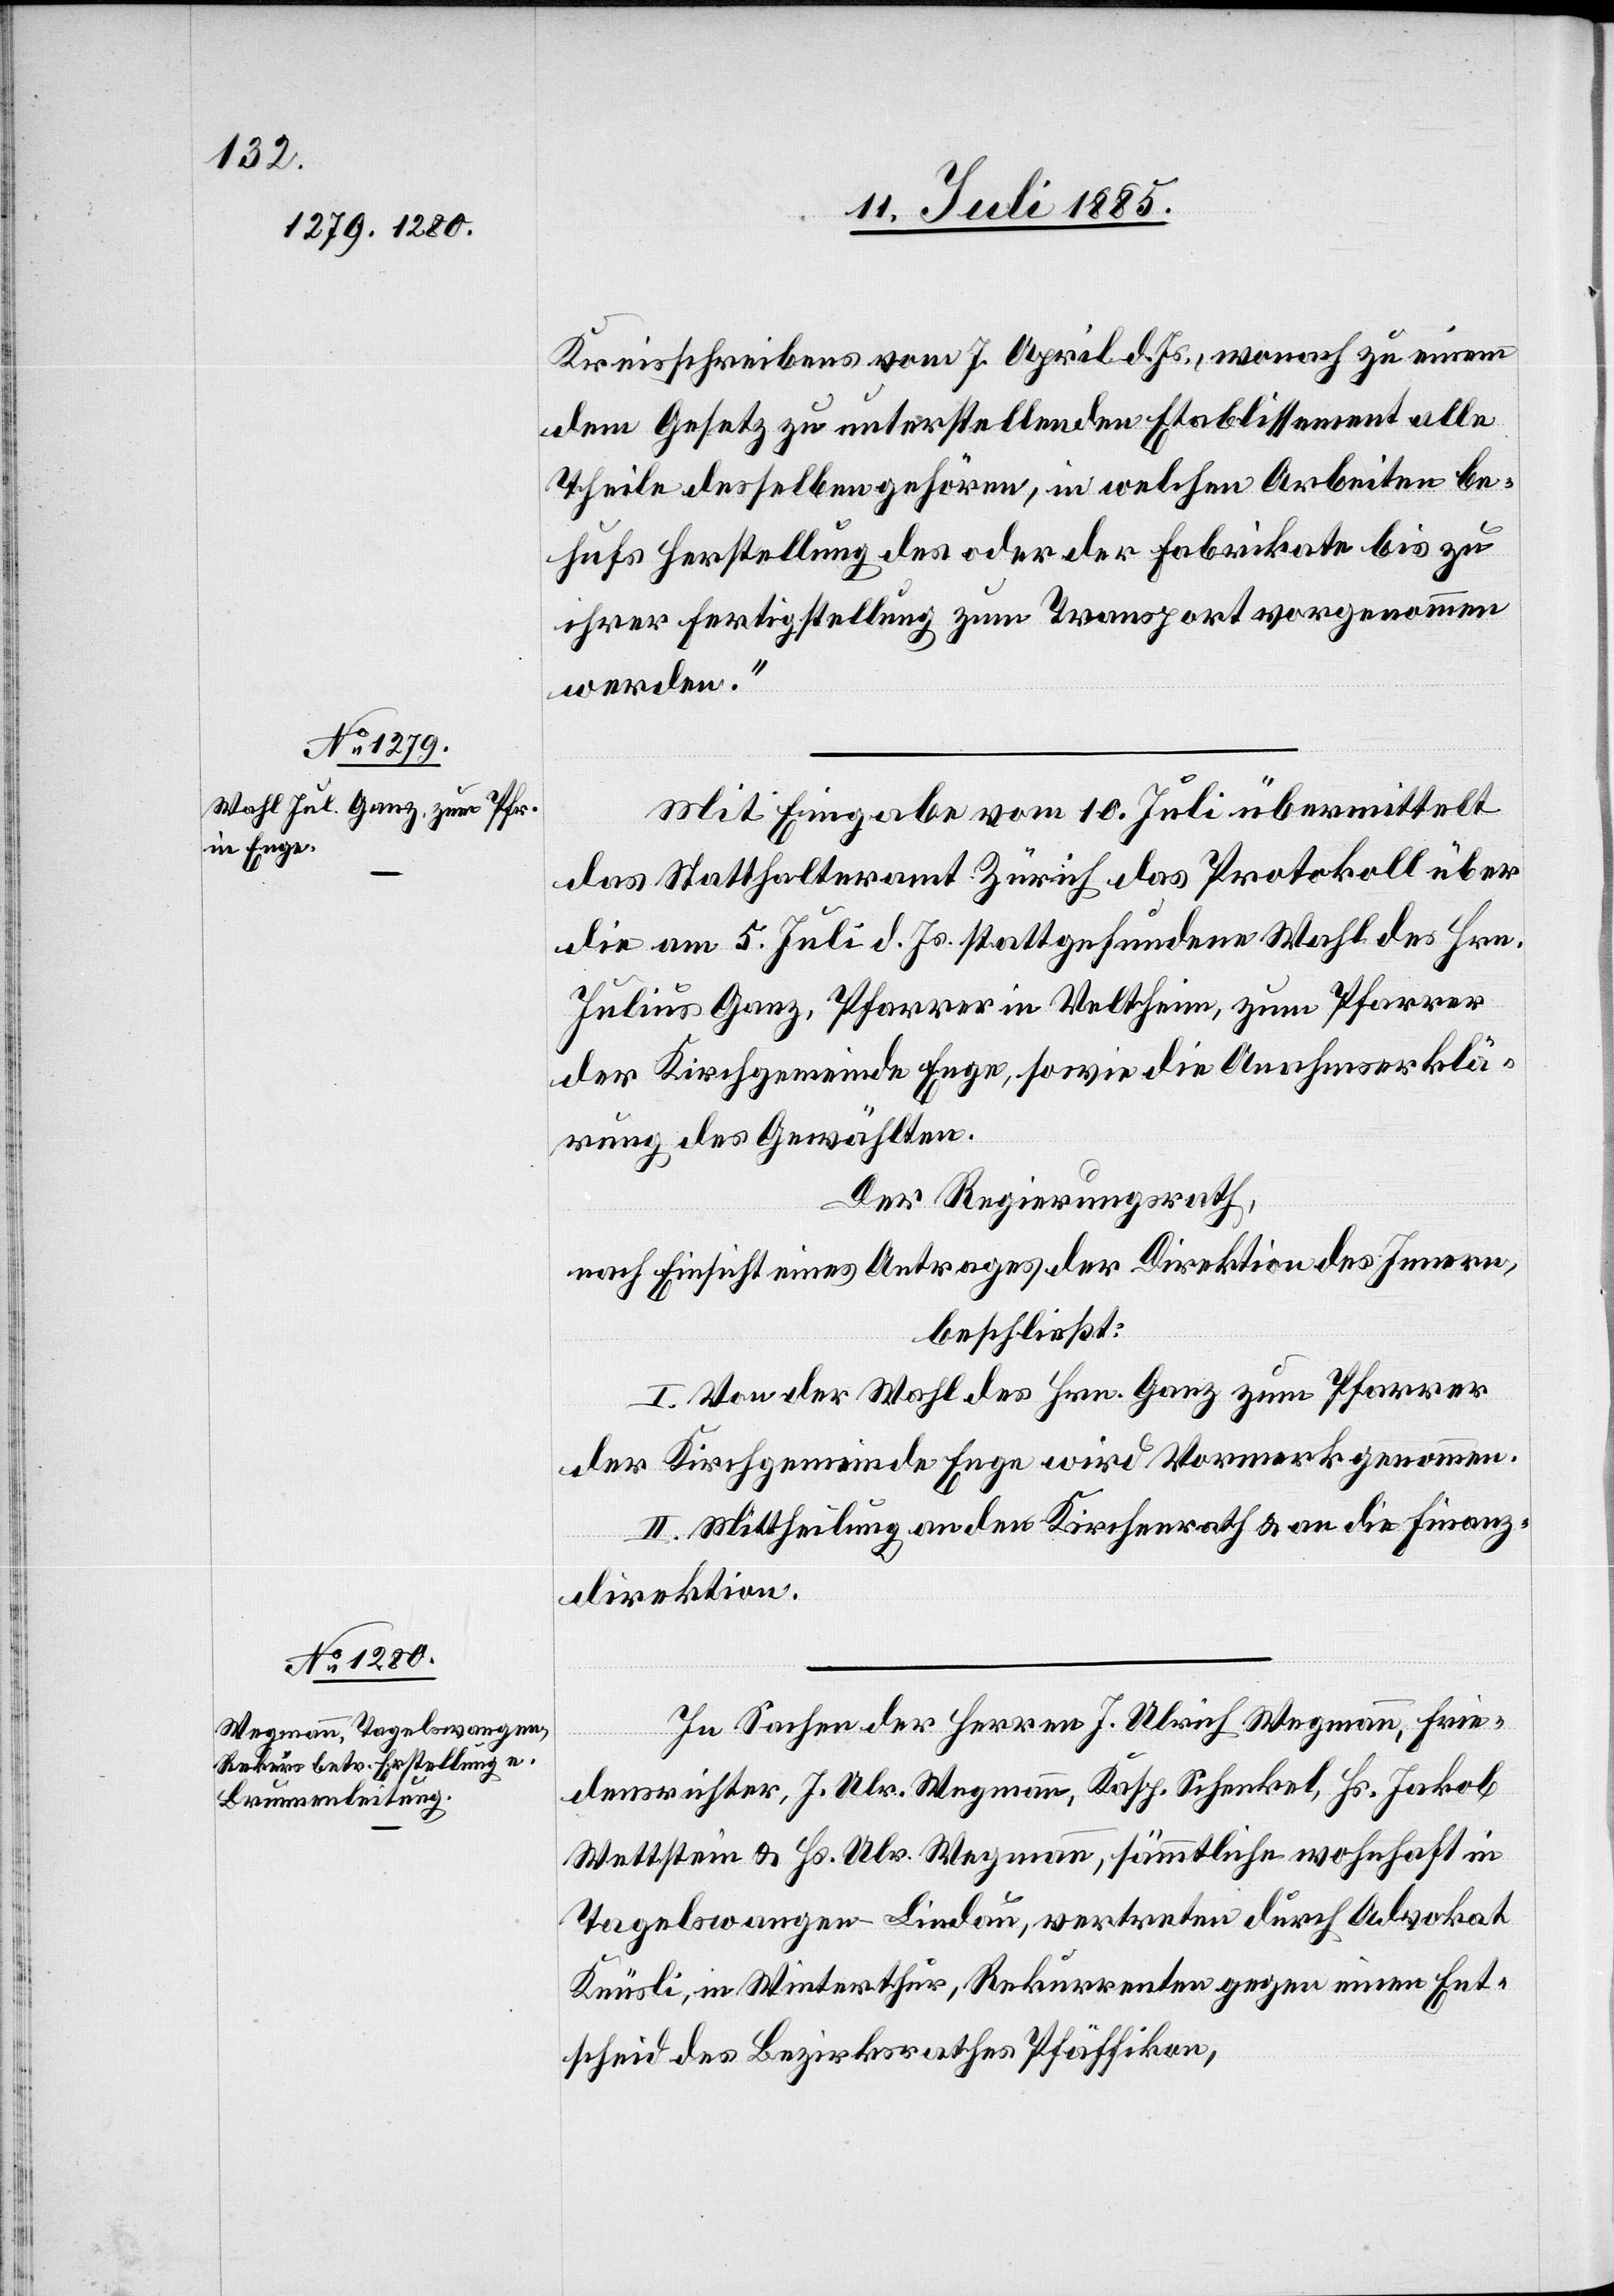
Kreisschreibens vom 7. April d. Js., wonach zu einem
dem Gesetz zu unterstellenden Etablissement alle
Theile desselben gehören, in welchen Arbeiten be¬
hufs Herstellung des oder der Fabrikate bis zu
ihrer Fertigstellung zum Transport vorgenommen
werden.“
Mit Eingabe vom 10. Juli übermittelt
das Statthalteramt Zürich das Protokoll über
die am 5. Juli d. Js. stattgefundene Wahl des Hrn.
Julius Ganz, Pfarrer in Veltheim, zum Pfarrer
der Kirchgemeinde Enge, sowie die An[n]ahmserklä¬
rung des Gewählten.
Der Regierungsrath,
nach Einsicht eines Antrages der Direktion des Innern,
beschließt:
I. Von der Wahl des Hrn. Ganz zum Pfarrer
der Kirchgemeinde Enge wird Vormerk genommen.
II. Mittheilung an den Kirchenrath & an die Finanz¬
direktion.
In Sachen der Herren J. Ulrich Wegmann, Frie¬
densrichter, J. Ulr. Wegmann, Kasp. Schenkel, Hs. Jakob
Wettstein & Hs. Ulr. Wegmann, sämmtliche wohnhaft in
Tagelswangen - Lindau, vertreten durch Advokat
Knüsli, in Winterthur, Rekurrenten gegen einen Ent¬
scheid des Bezirkrathes Pfäffikon,